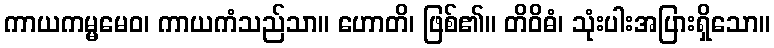
ကာယကမ္မမေဝ၊ ကာယကံသည်သာ။ ဟောတိ၊ ဖြစ်၏။ တိဝိဓံ၊ သုံးပါးအပြားရှိသော။